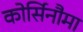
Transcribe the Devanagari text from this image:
कोर्सिनौमा